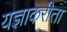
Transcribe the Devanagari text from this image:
यज्ञाकरीता